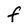
Character: F